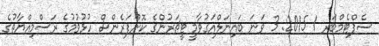
ސެޕްޓެމްބަރ 1 2015: 3 ވަނަ ބައިނަލްއަގުވާމީ ޓީޗަރުންގެ ކޮންފަރެންސް ހުޅުވުމުގެ ރަސްމިއްޔާތުގެ